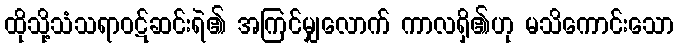
ထိုသို့သံသရာဝဋ်ဆင်းရဲ၏ အကြင်မျှလောက် ကာလရှိ၏ဟု မသိကောင်းသော